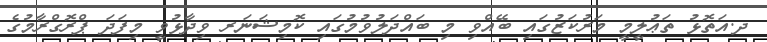
ދ.އަތޮޅު ތަޢުލީމީ މަރުކަޒުގައި ބޭއްވި މި ބައްދަލުވުމުގައި ކޮމިޝަނަރ ވިދާޅުވީ މިފަދަ ޕްރޮގްރާމުގެ